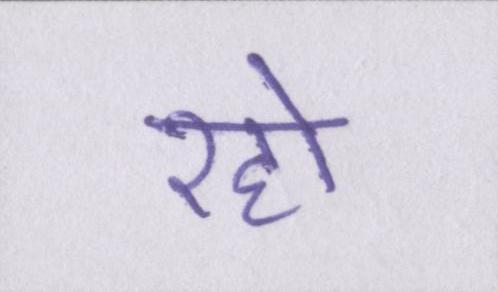
रहो